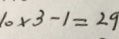
1 0 \times 3 - 1 = 2 9